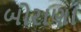
બોરાણા